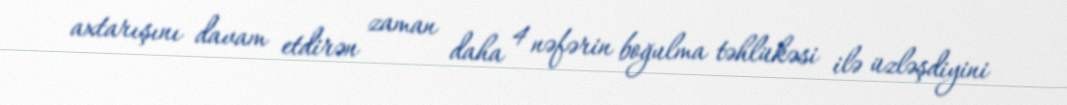
axtarışını davam etdirən zaman daha 4 nəfərin boğulma təhlükəsi ilə üzləşdiyini